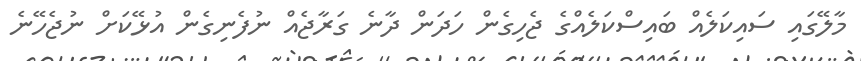
މާލޭގައި ސައިކަލެއް ބައިސްކަލެއްގެ ޖެހިގެން ހަދަން ދާނެ ގަރާޖެއް ނުފެނިގެން އުޅޭކަަށް ނުޖެހޭނެ